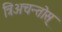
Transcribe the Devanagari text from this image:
त्रिअचन्तोस्